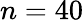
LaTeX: n=40